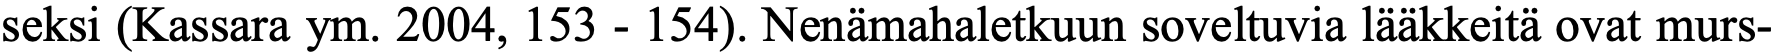
seksi (Kassara ym. 2004, 153 - 154). Nenämahaletkuun soveltuvia lääkkeitä ovat murs-